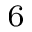
_ 6